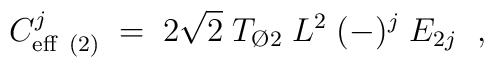
C_{{\rm eff}\ (2)}^{j} \; = \;  2 \sqrt{2}\; T_{{\O}2}\;  L^2 \;(-)^j\;  E_{2j}\;\ ,